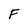
Character: F